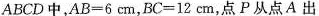
ABCD中，$$AB=6cm$$，$$BC=12cm$$，点P从点A出